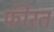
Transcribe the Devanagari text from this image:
फीरत